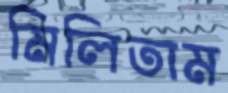
মিলিতাম